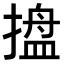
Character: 𭢋